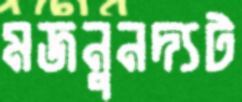
মজনুনদ্যট